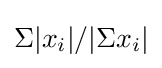
\Sigma |x_{i}|/|\Sigma x_{i}|